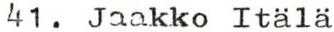
41. Jaakko Itälä